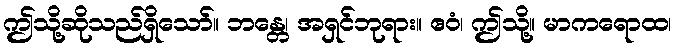
ဤသို့ဆိုသည်ရှိသော်။ ဘန္တေ၊ အရှင်ဘုရား။ ဧဝံ၊ ဤသို့။ မာကရောထ၊